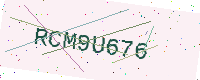
Text: RCM9U676